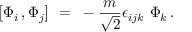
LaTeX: \big [ \Phi _ { i } \, , \Phi _ { j } \big ] ~ = ~ - { \frac { m } { \sqrt { 2 } } } \epsilon _ { i j k } ~ \Phi _ { k } \, .